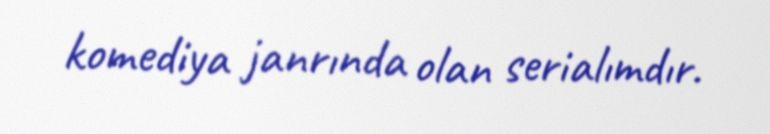
komediya janrında olan serialımdır.